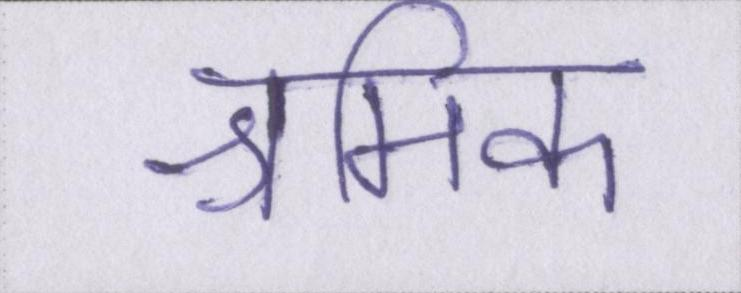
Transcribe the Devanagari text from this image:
श्रमिक